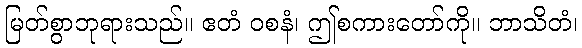
မြတ်စွာဘုရားသည်။ ဧတံ ဝစနံ၊ ဤစကားတော်ကို။ ဘာသိတံ၊